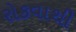
રોકવાથી